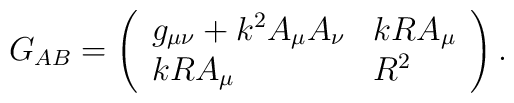
G_{AB} =  \left( \begin{array}{ll}                   g_{\mu \nu} + k^2 A_\mu A_\nu  &  k R A_\mu  \\                    k R A_\mu                &  R^2         \\                     \end{array}  \right) .